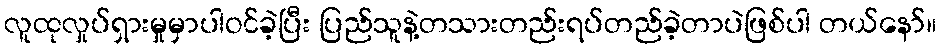
လူထုလှုပ်ရှားမှုမှာပါဝင်ခဲ့ပြီး ပြည်သူနဲ့တသားတည်းရပ်တည်ခဲ့တာပဲဖြစ်ပါ တယ်နော်။